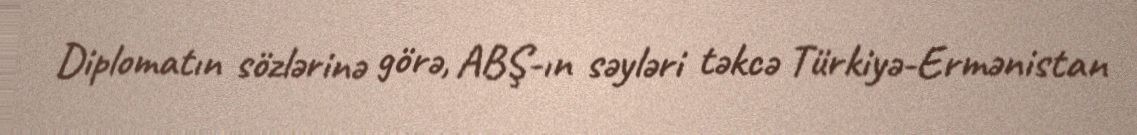
Diplomatın sözlərinə görə, ABŞ-ın səyləri təkcə Türkiyə-Ermənistan